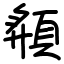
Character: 頯